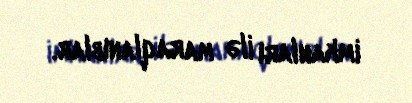
imkanları ilə maraqlanıblar.